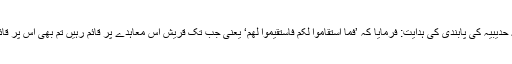
معاہدۂ حدیبیہ کی پابندی کی ہدایت: فرمایا کہ ’فَمَا اسْتَقَامُوْا لَکُمْ فَاسْتَقِیْمُوْا لَھُمْ‘ یعنی جب تک قریش اس معاہدے پر قائم رہیں تم بھی اس پر قائم رہو۔